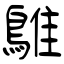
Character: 鵻